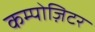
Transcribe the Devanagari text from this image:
कम्पोज़िटर